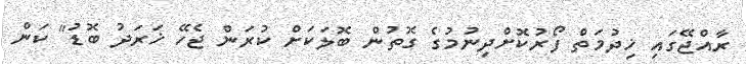
ރާއްޖޭގައި ޚިދުމަތް ފޯރުކޮށްދިނުމުގެ ގޮތުން ބޮލަކަށް ކުރަން ޖެހޭ ޚަރަދު ބޮޑު" ކަން